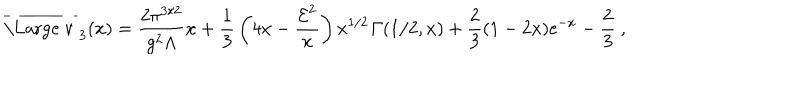
\overline { { { \mathrm { \Large ~ v ~ } } } } _ { 3 } ( x ) = { \frac { 2 \pi ^ { 3 / 2 } } { g ^ { 2 } \Lambda } } x + { \frac { 1 } { 3 } } \left( 4 x - { \frac { { \cal E } ^ { 2 } } { x } } \right) x ^ { 1 / 2 } { \mit \Gamma } ( 1 / 2 , x ) + { \frac { 2 } { 3 } } ( 1 - 2 x ) { \mathrm e } ^ { - x } - { \frac { 2 } { 3 } } \ ,